Sanitation, dispensaries and jails vaccination Rajputana 1922-1927 - 1922-1927
Year: 1922
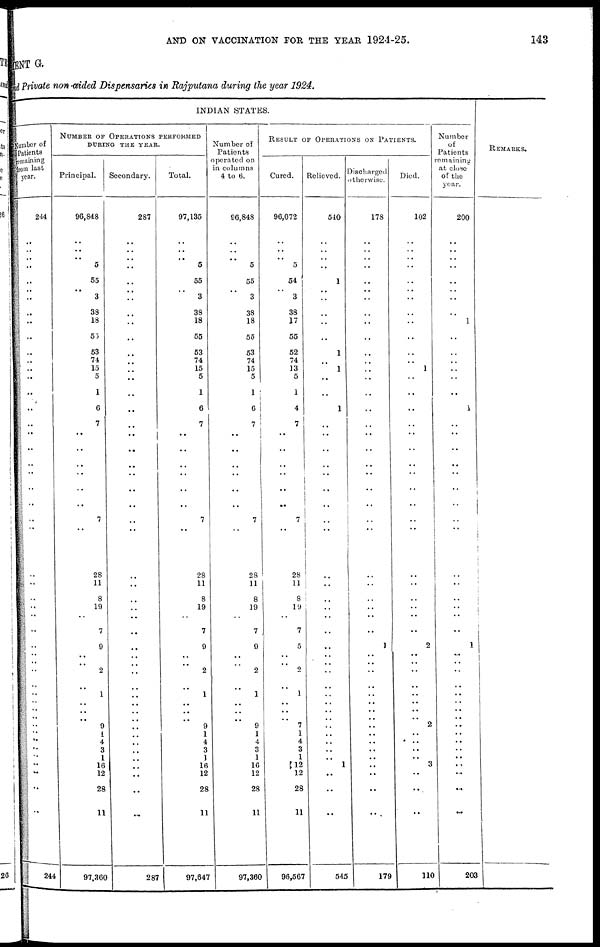
AND ON VACCINATION FOR THE YEAR 1924-25.
143
MENT G.
and Private non -aided Dispensaries in Rajputana during the year 1924.
INDIAN STATES.
Number of
Patients
remaining
from last
year.
244
..
..
..
..
..
..
..
..
..
..
..
..
..
..
..
..
..
..
..
..
..
..
..
..
..
..
..
..
..
..
..
..
..
..
..
..
..
..
..
..
..
..
..
..
..
..
..
..
..
244
NUMBER OF OPERATIONS PERFORMED
DURING THE YEAR.
Principal.
96,848
..
..
..
5
55
..
3
38
18
55
53
74
15
5
1
6
7
..
..
..
..
..
..
7
..
28
11
8
19
..
7
9
..
..
2
..
1
..
..
..
9
1
4
3
1
16
12
28
11
97,360
Secondary.
287
..
..
..
..
..
..
..
..
..
..
..
..
..
..
..
..
..
..
...
..
..
..
..
..
..
..
..
..
..
..
..
..
..
..
..
..
..
..
..
..
..
..
..
..
..
..
..
..
..
287
Total.
97,135
..
..
..
5
55
..
3
38
18
55
53
74
15
5
1
6
7
..
..
..
..
..
..
7
..
28
11
8
19
..
7
9
..
..
2
..
1
..
..
..
9
1
4
3
1
16
12
28
11
97,647
Number of
Patients
operated on
in columns
4 to 6.
96,848
..
..
..
5
55
..
3
38
18
55
53
74
15
5
..
6
7
..
..
..
..
..
..
7
..
28
11
8
19
..
7
9
..
..
2
..
1
..
..
..
9
1
4
3
1
16
12
28
11
97,360
RESULT OF OPERATIONS ON PATIENTS.
Cured.
96,072
..
..
..
5
54
..
3
38
17
55
52
74
13
5
..
4
7
..
..
..
..
..
..
7
..
28
11
8
19
..
7
5
..
..
2
..
1
..
..
.. 7
1
4
3
1
12
12
28
11
96,567
Relieved.
540
..
..
..
..
1
..
..
..
..
..
1
..
1
..
..
1
..
..
..
..
..
..
..
..
..
..
..
..
..
..
..
..
..
..
..
..
..
..
..
..
..
..
..
..
..
1
..
..
..
545
Discharged
otherwise.
178
..
..
..
..
..
..
..
..
..
..
..
..
..
..
..
..
..
..
..
..
..
..
..
..
..
..
..
..
..
..
..
1
..
..
..
..
..
..
..
..
..
..
..
..
..
..
..
..
..
179
Died.
102
..
..
..
..
..
..
..
..
..
..
..
..
1
..
..
..
..
..
..
..
..
..
..
..
..
..
..
..
..
..
..
2
..
..
..
..
..
..
..
.. 2
..
..
..
..
3
..
..
..
110
Number
of
Patients
remaining
at close
of the
year.
200
..
..
..
..
..
..
..
..
1
..
..
..
..
..
..
..
..
..
..
..
..
..
..
..
..
..
..
..
..
..
..
1
..
..
..
..
..
..
..
..
..
..
..
..
..
..
..
..
..
203
REMARKS.